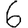
Digit: 6